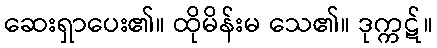
ဆေးရှာပေး၏။ ထိုမိန်းမ သေ၏။ ဒုက္ကဋ်။